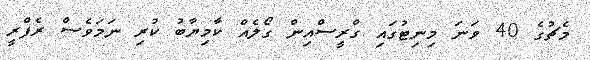
މެޗުގެ 40 ވަނަ މިނިޓުގައި ގްރީސްއިން ގޯލެއް ކާމިޔާބު ކުރި ނަމަވެސް ރެފްރީ